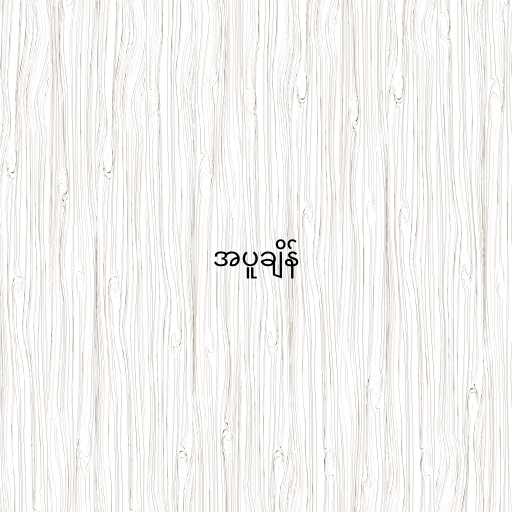
အပူချိန်